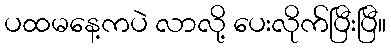
ပထမနေ့ကပဲ လာလို့ ပေးလိုက်ပြီးပြီ။